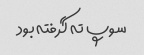
سوپ ته گرفته بود